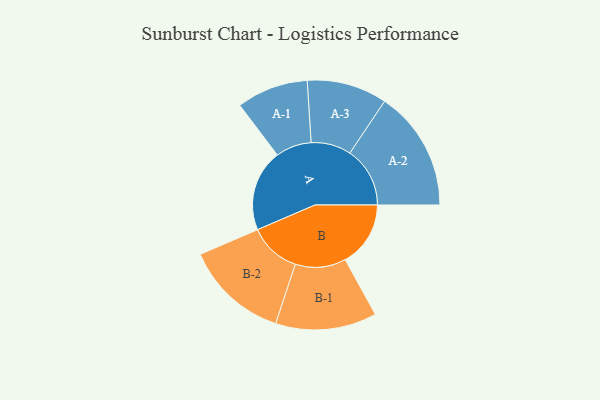
{"axis": {"x": "Segment", "y": "Value"}, "legend": ["", "A", "B"], "data": [{"x": "A", "y": 403, "type": ""}, {"x": "B", "y": 323, "type": ""}, {"x": "A-1", "y": 177, "type": "A"}, {"x": "A-2", "y": 297, "type": "A"}, {"x": "A-3", "y": 198, "type": "A"}, {"x": "B-1", "y": 250, "type": "B"}, {"x": "B-2", "y": 256, "type": "B"}]}